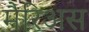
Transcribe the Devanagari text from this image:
मैरिअस